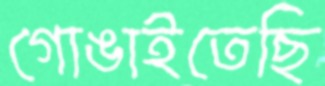
গোঙাইতেছি